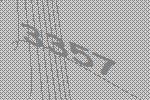
3357